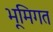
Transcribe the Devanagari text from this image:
भूमिगत